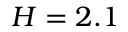
H = 2 . 1